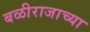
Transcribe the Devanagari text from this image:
बळीराजाच्या